Scottish Leaving Certificate Examination, 1955
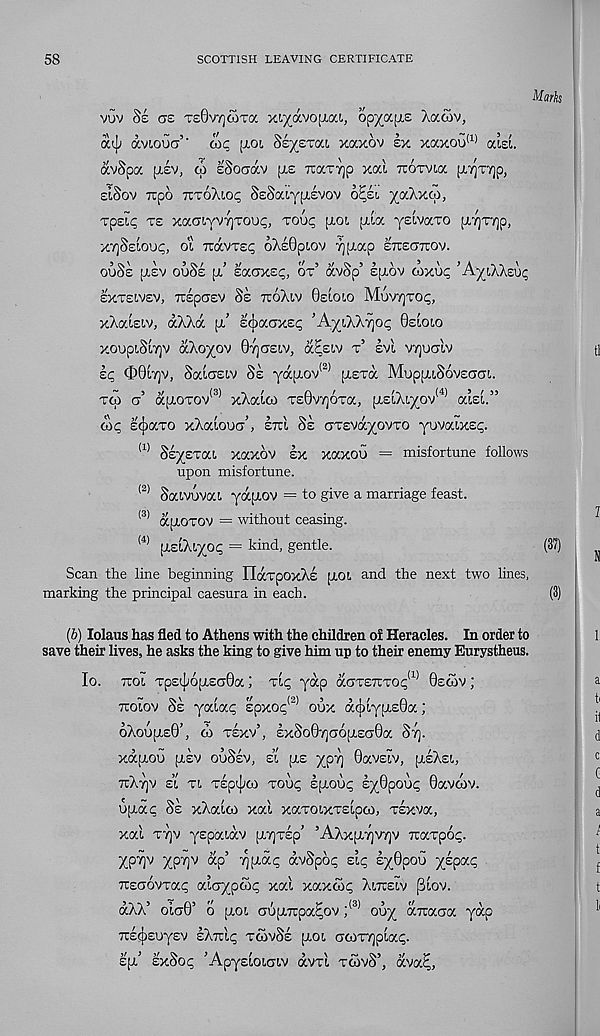
58
SCOTTISH LEAVING CERTIFICATE
vuv 8e as TsOvyjoaTa ys/c/.voyM, opyc/.[ie Aawv,
aq; avioua
we [aoi bzyETca xaxov ex xaxou !1 J aiet.
avSpa p.ev, co eSocav [re TtocTTjp xal xorvia [A^Tyjp,
eiSov Ttpo TCToXiop SeSaiy^evov o^ei yaAxw,
rpelc; te xaCTiYVTjTOU^, tou<; ptot piia yeivaro pt7)T7]p,
x'^Ssioup, o'i TravTei; 6Ae0pi.ov yjpiap ztcscttzov.
ouSe (Lev ouSe [x’ eaaxec, ox’ avSp’ etiov oVxuc ’AyLAAeuc
exxeivev, Tcepuev Se ttoXiv Geioio Movyjxo^,
xAaiet.v, a/.Aa pi’ ecbaaxe^ ’A-yCkkrpr Gsloio
xoupiSiyjv akoyov Qrjaeiv, acziv x’ evl vyjualv
ic O0i7)v, Saiaeiv Se ya;j.ov !2) piexa MuppuSoveaat,.
xai g’ ap(.oxov <3) xXaico xe0vy]6xa, [izikiyov^ alet.”
6i c ecjjocxo xXocioug’, sttI Se Gxevayovxo yuvaixe<;.
(1) Ssyexai. xaxov ex xaxou = misfortune follows
upon misfortune.
<2> Saivovoa yapiov = to give a marriage feast.
<3) apioxov = without ceasing.
(4) [leikiyoq = kind, gentle.
Scan the line beginning ITdcxpOxXe pLOL and the next two lines,
marking the principal caesura in each.
Marks
(37)
(6) lolaus has fled to Athens with the children of Heracles. In order to
save their lives, he asks the king to give him up to their enemy Eurystheus.
lo. ttol xpeij;6pi.eG0a) Tiq yap aGxe7rxo^( 1) 0ecov ;
Tcoiov 8e yata<; epxop <2) oux d(j)typie0a;
oXoupieG’, 6) xexv’, ex8o0yg6;xsg0a Sy.
xdpiou piev ouSev, ei [xe ypy 0aveZv, pieXei,
TrXyv si xi xep(]xo xou<; epiouc; eyGpoui; Gavwv.
ojxac Se xXaio) xai xaxoixxeipm, xexva,
xal xyv yepaidv piyxep’ ’AXxpiyvyv Traxpo;;.
Xpyv ypyv dp’ ypid^ <xv8pbq zlc, syGpou x^P a^
TCGOVxac; oaayp&c, xal xaxdx; Xircelv (3lov.
dXX’ oIg0’ o p.oi, Gopwrpa^ov ; (3) ouy drcaGa yap
Trecjieuyev eXirl^ xcovSe pioi Gcoxypla^.
z[i zx'Sop ’ApyeloiGiv dvxl xoivS’, dvaE,